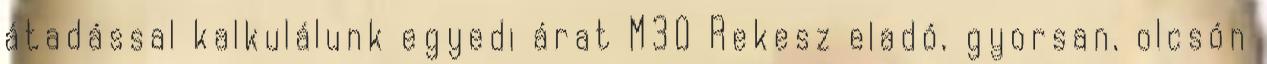
átadással kalkulálunk egyedi árat M30 Rekesz eladó, gyorsan, olcsón